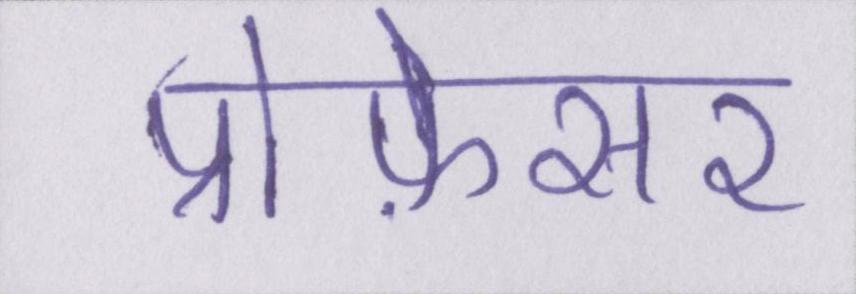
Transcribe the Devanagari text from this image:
प्रोफ़ेसर